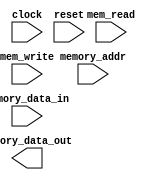
module CacheMemory (
  input wire clock,
  input wire reset,
  input wire [31:0] memory_addr,
  input wire [31:0] memory_data_in,
  input wire mem_read,
  input wire mem_write,
  output wire [31:0] memory_data_out
);

reg [31:0] cache_data [0:255];
reg [31:0] cache_tag [0:255];
reg valid_bit [0:255];
reg cache_hits;
reg cache_misses;

always @(posedge clock) begin
  // Cache Memory logic here
end

endmodule